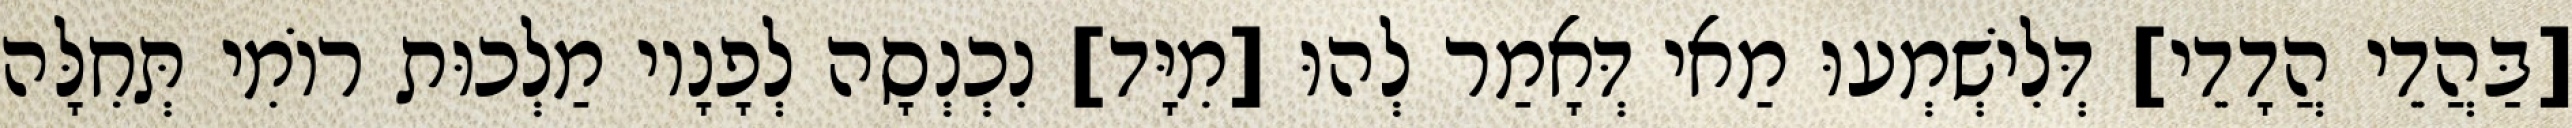
[בַּהֲדֵי הֲדָדֵי] דְּלִישְׁמְעוּ מַאי דְּאָמַר לְהוּ [מִיָּד] נִכְנְסָה לְפָנָיו מַלְכוּת רוֹמִי תְּחִלָּה